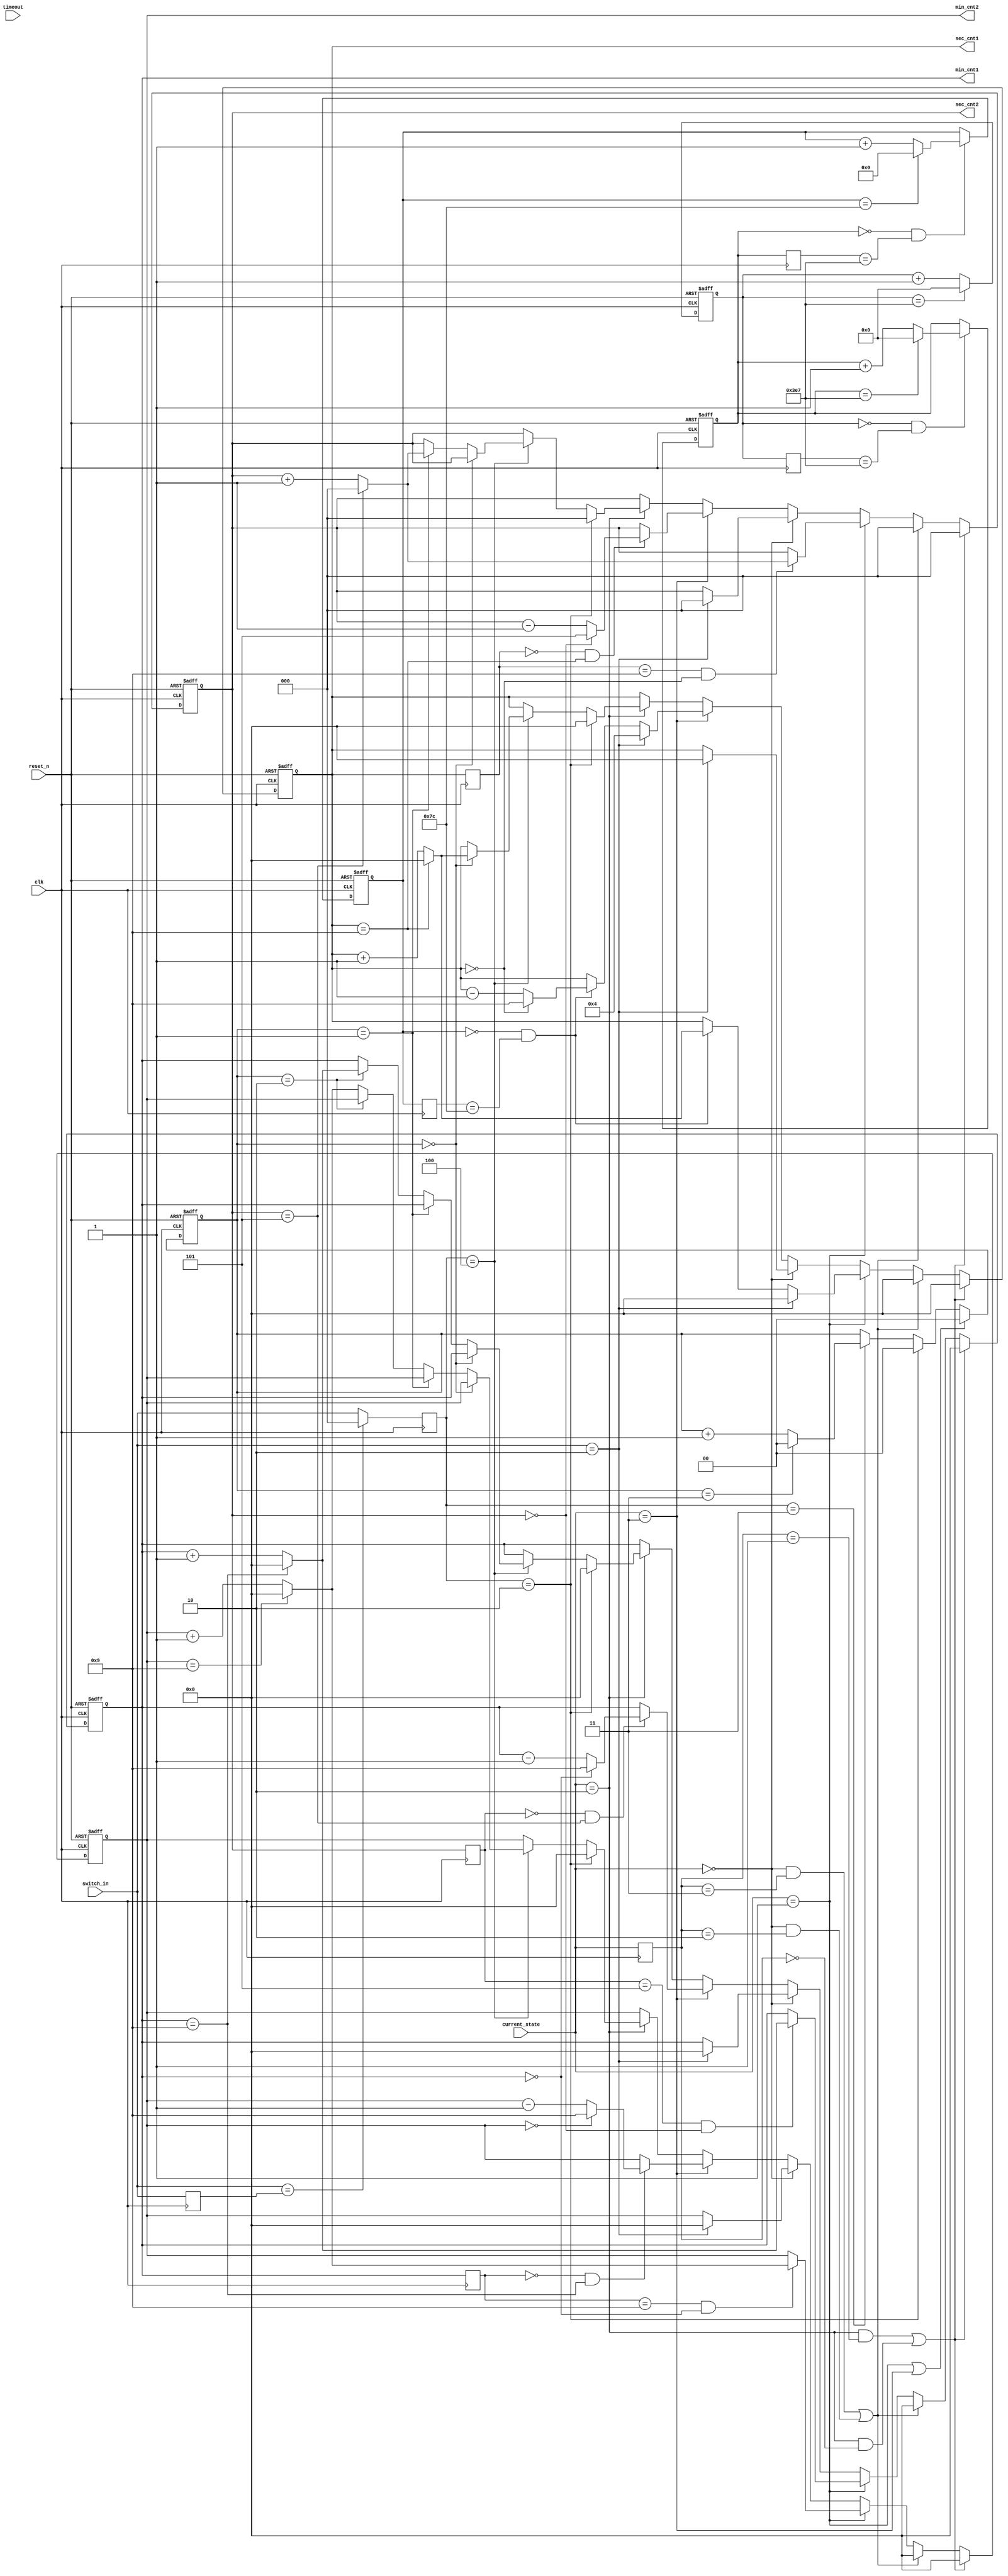
//Kang HB
`timescale 1ns / 1ps
module counter
(
input clk,
input reset_n,
input [2:0]switch_in,
input [1:0]current_state,
input [15:0] timeout,
output reg [3:0]min_cnt2,
output reg [3:0]min_cnt1,
output reg [2:0]sec_cnt2,
output reg [3:0]sec_cnt1
);


reg [1:0] csbuffer;
reg [1:0] cstrue;
reg [15:0]timebuffer;
reg[9:0] cntk1;
reg[9:0] cntk2;
reg[6:0] cnt125;
reg[9:0] cntk1a;
reg[9:0] cntk2a;
reg[6:0] cnt125a;
reg[3:0]min_cnt2a;
reg[3:0]min_cnt1a;
reg[2:0]sec_cnt2a;
reg[3:0]sec_cnt1a;

reg [2:0]switch_buffer1;
reg [2:0]switch_true;

localparam up_wait = 2'b00;
localparam up_run = 2'b01;
localparam down_wait = 2'b10;
localparam down_run = 2'b11;
reg [1:0] cntd;

always@(posedge clk or negedge reset_n)
begin
    if(!reset_n)begin
        cntd<=0;
    end
	else if (current_state==up_run||current_state==down_run)begin
		cntd<=0;
	end
	else if(switch_true==3'd2) begin
	   cntd<=0;
	end
	else if (switch_true==3'd3)begin
	    if(cntd==3'd3)begin
	       cntd<=0;
	    end
	    else begin
		cntd<=cntd+1;
		end
	end
	else begin
		cntd <= cntd;
	end
end









always@(posedge clk) begin
    switch_buffer1<= switch_in;
end
always@(posedge clk) begin
    if(switch_in==switch_buffer1)begin
        switch_true<=0;
    end
    else begin
        switch_true<=switch_in;
    end
end

always @ (posedge clk) begin
        csbuffer<=current_state;
        timebuffer<= timeout;
        cntk1a<=cntk1;
        cntk2a<=cntk2;
        cnt125a<=cnt125;
        min_cnt2a<=min_cnt2;
        min_cnt1a<=min_cnt1;
        sec_cnt2a<=sec_cnt2;
        sec_cnt1a<=sec_cnt1;
        
        
end
//cntk1
always@(posedge clk or negedge reset_n) begin
	if(!reset_n )begin
	   cntk1<=0;
    end
    
    else begin
        if (cntk1==10'd999) begin
            cntk1 <= 0;
        end
        else begin
            cntk1 <= cntk1+1;
        end
    end
end

//cntk2
always@(posedge clk or negedge reset_n) begin
	if(!reset_n )begin
	   cntk2<=0;
    end
    
    else begin
        if(cntk1==0&&cntk1a==999)begin
            if (cntk2==10'd999) begin
                cntk2 <= 0;
            end
            else begin
                cntk2 <= cntk2+1;
            end
        end
    end
end

//cnt125
always@(posedge clk or negedge reset_n) begin
	if(!reset_n )begin
	   cnt125<=0;
    end
    
    else begin
        if(cntk2==0&&cntk2a==999)begin
            if (cnt125==10'd124) begin
                cnt125 <= 0;
            end
            else begin
                cnt125 <= cnt125+1;
            end
        end
    end
end



always@(posedge clk or negedge reset_n) begin
    if (!reset_n) begin
        min_cnt2<=0;
        min_cnt1<=0;
        sec_cnt1<=0;
        sec_cnt2<=0;
    end
    else if((current_state==down_wait&&csbuffer==up_run)||(current_state==down_wait&&csbuffer==up_wait)) begin
        min_cnt2<=0;
        min_cnt1<=0;
        sec_cnt1<=0;
        sec_cnt2<=0;
    end
    
    else if((current_state==up_wait&&csbuffer==down_run)||(current_state==up_wait&&csbuffer==down_wait)) begin
        min_cnt2<=0;
        min_cnt1<=0;
        sec_cnt1<=0;
        sec_cnt2<=0;
    end
    else if (current_state==up_run) begin
        if(switch_in==2) begin
            min_cnt2<=0;
            min_cnt1<=0;
            sec_cnt1<=0;
            sec_cnt2<=0;
        end
        else if(cnt125==0&&cnt125a==124) begin
            if(sec_cnt1==9)begin
                sec_cnt1<=0;
            end
            else begin
                sec_cnt1<=sec_cnt1+1;
            end
        end
        else begin
            sec_cnt1<=sec_cnt1;
        end
        
        if(sec_cnt1a==9&&sec_cnt1==0) begin
            if(sec_cnt2==5) begin
                sec_cnt2<=0;
            end
            else begin
                sec_cnt2<= sec_cnt2+1;
            end
        end
        
        else begin
            sec_cnt2<=sec_cnt2;
        end
        
        if(sec_cnt2a==5&&sec_cnt2==0) begin
            if(min_cnt1==9) begin
                min_cnt1<=0;
            end
            else begin
                min_cnt1<= min_cnt1+1;
            end
        end
        
        else begin
            min_cnt1<=min_cnt1;
        end
        
        if(min_cnt1a==9&&min_cnt1==0) begin
            if(min_cnt2==9) begin
                min_cnt2<=0;
            end
            else begin
                min_cnt2<= min_cnt2+1;
            end
        end
        
        else begin
            min_cnt2<=min_cnt2;
        end
    end
    else if (current_state==up_wait) begin
        if(switch_in==2) begin
            min_cnt2<=0;
            min_cnt1<=0;
            sec_cnt1<=0;
            sec_cnt2<=0;
        end
        else begin
            min_cnt2<=min_cnt2;
            min_cnt1<=min_cnt1;
            sec_cnt1<=sec_cnt1;
            sec_cnt2<=sec_cnt2;
        end
    end
    else if (current_state==down_run) begin
        if(switch_in==2) begin
            min_cnt2<=4;
            min_cnt1<=4;
            sec_cnt1<=4;
            sec_cnt2<=4;
        end
        else if(cnt125==0&&cnt125a==124) begin
            if(sec_cnt1==0)begin
                sec_cnt1<=9;
            end
            else begin
                sec_cnt1<=sec_cnt1-1;
            end
        end
        else begin
            sec_cnt1<=sec_cnt1;
        end
        
        if(sec_cnt1a==0&&sec_cnt1==9) begin
            if(sec_cnt2==0) begin
                sec_cnt2<=5;
            end
            else begin
                sec_cnt2<= sec_cnt2-1;
            end
        end
        
        else begin
            sec_cnt2<=sec_cnt2;
        end
        
        if(sec_cnt2a==0&&sec_cnt2==5) begin
            if(min_cnt1==0) begin
                min_cnt1<=9;
            end
            else begin
                min_cnt1<= min_cnt1-1;
            end
        end
        
        else begin
            min_cnt1<=min_cnt1;
        end
        
        if(min_cnt1a==0&&min_cnt1==9) begin
            if(min_cnt2==0) begin
                min_cnt2<=9;
            end
            else begin
                min_cnt2<= min_cnt2-1;
            end
        end
        
        else begin
            min_cnt2<=min_cnt2;
        end
    end
    else if (current_state==down_wait)begin
             if(switch_true==3'd2)begin
	             min_cnt2<=0;
                 min_cnt1<=0;
                 sec_cnt1<=0;
                 sec_cnt2<=0;
	             end
		
	         else if(switch_true==3'd4)begin
			     if (cntd==0)begin
			         if(sec_cnt1==9)begin
			             sec_cnt1<=0;
			         end
			         else begin
			         sec_cnt1<=sec_cnt1+1;
			         end
			    end
			    else if (cntd==1)begin
			         if(sec_cnt2==5)begin
			             sec_cnt2<=0;
			         end
			         else begin
			         sec_cnt2<=sec_cnt2+1;
			         end
			    end
			    else if (cntd==2)begin
			         if(min_cnt1==9)begin
			             min_cnt1<=0;
			         end
			         else begin
			         min_cnt1<=min_cnt1+1;
			         end
			    end
			    else begin
			         if(min_cnt2==9)begin
			             min_cnt2<=0;
			         end
			         else begin
			         min_cnt2<=min_cnt2+1;
			         end
			    end
			end 
			else begin
				if (cntd==0)begin
			         sec_cnt1<= sec_cnt1;
			    end
			    else if (cntd==1)begin
			         sec_cnt2<= sec_cnt2;
			    end
			    else if (cntd==2)begin
			         min_cnt1<= min_cnt1;
			    end
			    else begin
			         min_cnt2<= min_cnt2;
			    end
			end
    end
    else begin
    end
end

endmodule